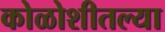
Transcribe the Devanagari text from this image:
कोळोशीतल्या